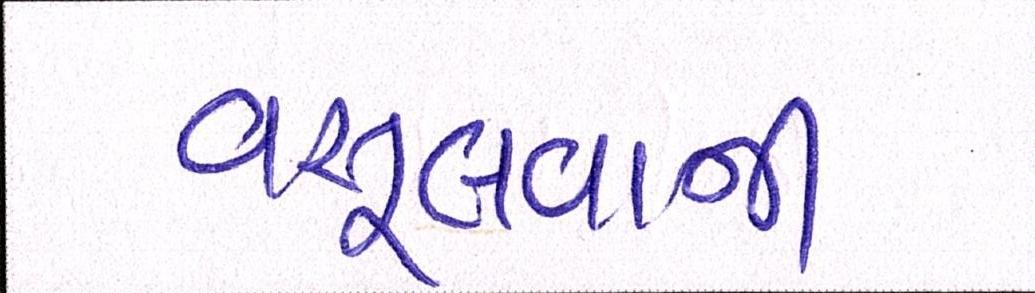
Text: વસૂલવાની